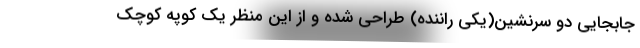
جابجایی دو سرنشین(یکی راننده) طراحی شده و از این منظر یک کوپه کوچک